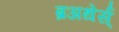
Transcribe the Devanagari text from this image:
ब्रअथेर्स्